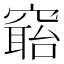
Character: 𥧺